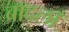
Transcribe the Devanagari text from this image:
बादलाँ